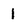
Character: 1